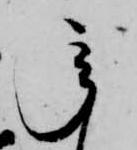
承